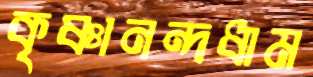
কৃষ্ণানন্দধাম